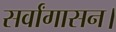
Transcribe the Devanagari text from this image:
सर्वांगासन।